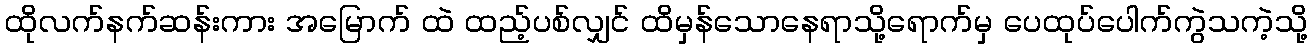
ထိုလက်နက်ဆန်းကား အမြောက် ထဲ ထည့်ပစ်လျှင် ထိမှန်သောနေရာသို့ရောက်မှ ပေထုပ်ပေါက်ကွဲသကဲ့သို့